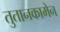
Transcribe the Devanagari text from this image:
तुतानकामेन